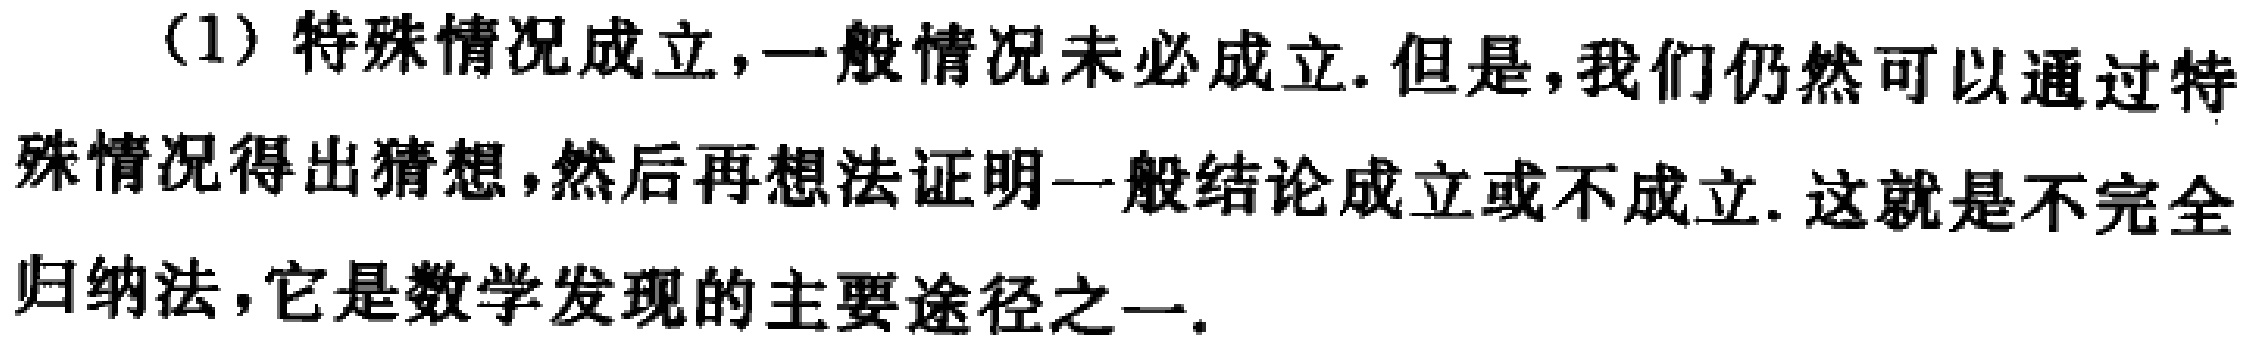
（1）特殊情况成立，一般情况未必成立. 但是，我们仍然可以通过特殊情况得出猜想，然后再想法证明一般结论成立或不成立. 这就是不完全归纳法，它是数学发现的主要途径之一.